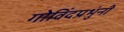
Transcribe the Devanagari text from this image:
गोविंदप्रभुंनी